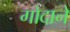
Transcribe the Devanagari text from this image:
गोदाने